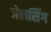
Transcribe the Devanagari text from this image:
जेलसिंग